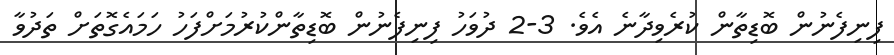
ފިނިފެނުން ބޮޑިތާން ކުރެވިދާނެ އެވެ. 3-2 ދުވަހު ފިނިފެނުން ބޮޑިތާންކުރުމަށްފަހު ހަމައެގޮތަށް ތަދުވާ